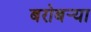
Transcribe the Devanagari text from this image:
बरोबर्‍या